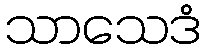
သာသေဒံ